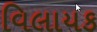
વિલાયક